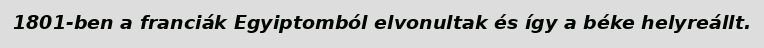
1801-ben a franciák Egyiptomból elvonultak és így a béke helyreállt.